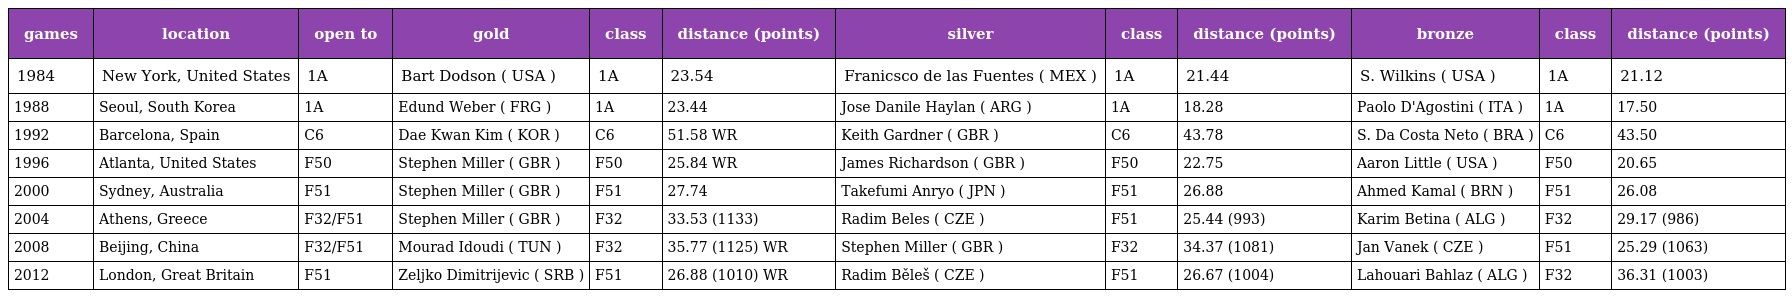
| games | location | open to | gold | class | distance (points) | silver | class | distance (points) | bronze | class | distance (points) |
 | --- | --- | --- | --- | --- | --- | --- | --- | --- | --- | --- | --- |
 | 1984 | New York, United States | 1A | Bart Dodson ( USA ) | 1A | 23.54 | Franicsco de las Fuentes ( MEX ) | 1A | 21.44 | S. Wilkins ( USA ) | 1A | 21.12 |
 | 1988 | Seoul, South Korea | 1A | Edund Weber ( FRG ) | 1A | 23.44 | Jose Danile Haylan ( ARG ) | 1A | 18.28 | Paolo D'Agostini ( ITA ) | 1A | 17.50 |
 | 1992 | Barcelona, Spain | C6 | Dae Kwan Kim ( KOR ) | C6 | 51.58 WR | Keith Gardner ( GBR ) | C6 | 43.78 | S. Da Costa Neto ( BRA ) | C6 | 43.50 |
 | 1996 | Atlanta, United States | F50 | Stephen Miller ( GBR ) | F50 | 25.84 WR | James Richardson ( GBR ) | F50 | 22.75 | Aaron Little ( USA ) | F50 | 20.65 |
 | 2000 | Sydney, Australia | F51 | Stephen Miller ( GBR ) | F51 | 27.74 | Takefumi Anryo ( JPN ) | F51 | 26.88 | Ahmed Kamal ( BRN ) | F51 | 26.08 |
 | 2004 | Athens, Greece | F32/F51 | Stephen Miller ( GBR ) | F32 | 33.53 (1133) | Radim Beles ( CZE ) | F51 | 25.44 (993) | Karim Betina ( ALG ) | F32 | 29.17 (986) |
 | 2008 | Beijing, China | F32/F51 | Mourad Idoudi ( TUN ) | F32 | 35.77 (1125) WR | Stephen Miller ( GBR ) | F32 | 34.37 (1081) | Jan Vanek ( CZE ) | F51 | 25.29 (1063) |
 | 2012 | London, Great Britain | F51 | Zeljko Dimitrijevic ( SRB ) | F51 | 26.88 (1010) WR | Radim Běleš ( CZE ) | F51 | 26.67 (1004) | Lahouari Bahlaz ( ALG ) | F32 | 36.31 (1003) |